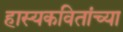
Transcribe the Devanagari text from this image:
हास्यकवितांच्या